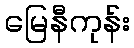
မြေနီကုန်း